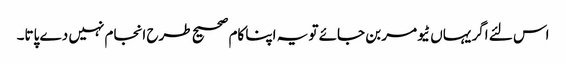
اس لئے اگر یہاں ٹیومر بن جائے تو یہ اپنا کام صحیح طرح انجام نہیں دے پاتا۔